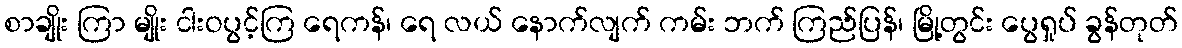
စာချိုး ကြာ မျိုး ငါးဝပွင့်ကြ ရေကန်၊ ရေ လယ် နောက်လျက် ကမ်း ဘက် ကြည်ပြန်၊ မြို့တွင်း ပွေရှုပ် ခွန်တုတ်